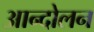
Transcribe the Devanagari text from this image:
अान्दोलन